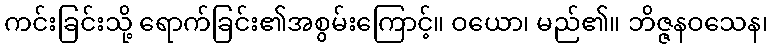
ကင်းခြင်းသို့ ရောက်ခြင်း၏အစွမ်းကြောင့်။ ဝယော၊ မည်၏။ ဘိဇ္ဇနဝသေန၊